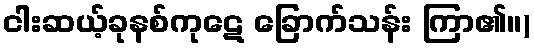
ငါးဆယ့်ခုနစ်ကုဋေ ခြောက်သန်း ကြာ၏။)